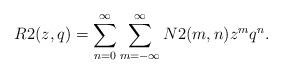
LaTeX: \begin{align*}R2(z,q) &= \sum_{n=0}^\infty\sum_{m=-\infty}^\infty N2(m,n)z^mq^n.\end{align*}